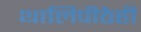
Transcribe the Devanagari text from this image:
थालिपीठेही